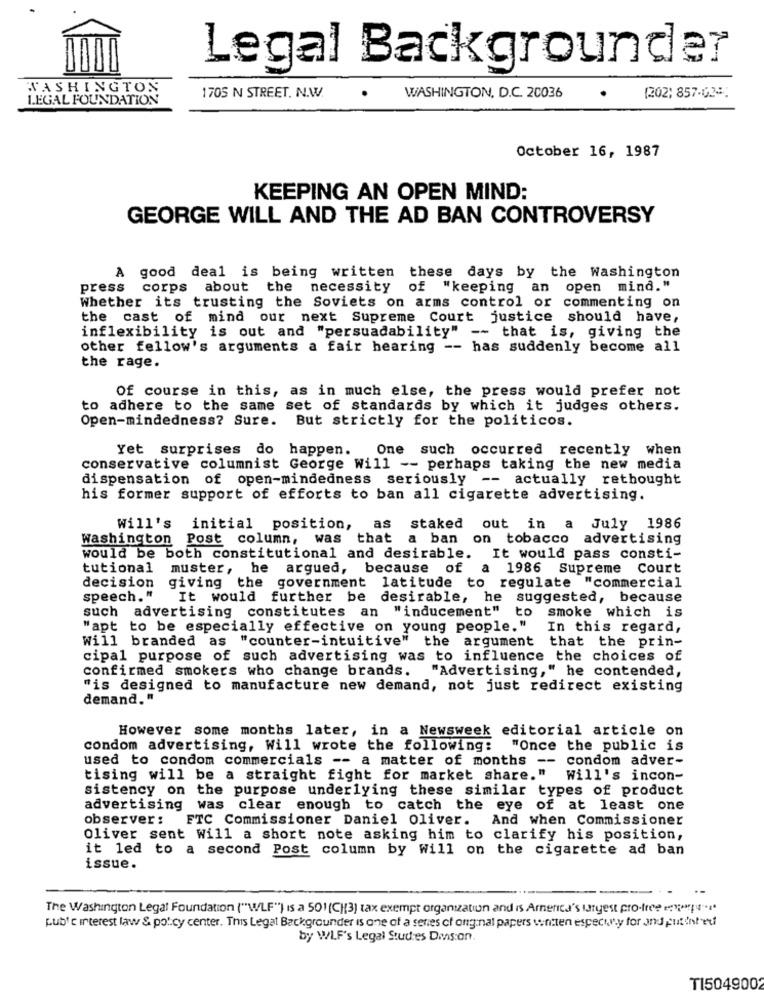
Legal Backgrounder
WASHINGTON
LEGAL FOUNDATION
1705 N STREET. N.W.
WASHINGTON, D.C. 20036
(202) 857-02-
October 16, 1987
KEEPING AN OPEN MIND:
GEORGE WILL AND THE AD BAN CONTROVERSY
A good deal is being written these days by the Washington
press corps about the necessity of "keeping an open mind."
Whether its trusting the Soviets on arms control or commenting on
the cast of mind our next Supreme Court justice should have,
inflexibility is out and "persuadability" -- that is, giving the
other fellow's arguments a fair hearing -- has suddenly become all
the rage.
Of course in this, as in much else, the press would prefer not
to adhere to the same set of standards by which it judges others.
Open-mindedness? Sure.
But strictly for the politicos.
Yet surprises do happen.
One such occurred recently when
conservative columnist George Will -- perhaps taking the new media
dispensation of open-mindedness seriously -- actually rethought
his former support of efforts to ban all cigarette advertising.
Will's initial position, as staked out in a July 1986
Washington Post column,
was that
a ban on tobacco advertising
would be both constitutional and desirable. It would pass consti-
tutional muster, he argued, because of a 1986 Supreme Court
decision giving the government latitude to regulate "commercial
speech."
It would further be desirable, he suggested, because
such advertising constitutes an "inducement" to
smoke which is
"apt to be especially effective on young people."
In this regard,
Will branded as "counter-intuitive" the argument that the prin-
cipal purpose of such advertising was to influence the choices of
confirmed smokers who change brands.
"Advertising," he contended,
"is designed to manufacture new demand, not just redirect existing
demand."
However some months later, in a Newsweek editorial article on
condom advertising, Will wrote the following:
"Once the public is
used to condom commercials -- a matter of months -- condom adver-
tising will be a straight fight for market share."
Will's incon-
sistency on the purpose underlying these similar types of product
advertising was clear enough to catch the eye of at least one
observer:
FTC Commissioner Daniel Oliver.
And when Commissioner
Oliver sent Will a short note asking him to clarify his position,
it led to a second Post column by Will on the cigarette ad ban
issue.
The Washington Legal Foundation ("WLF") is a 501(CH(3) tax exempt organization and is America's largest pro-free ene-4
pub' c interest law & policy center. This Legat Backgrounder is one of a series of original papers vontten especity for and putthled
by WLF's Legal Studies Dans:on.
TI504900